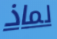
لماذ